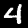
Label: 4